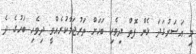
މި އަސަރުގަދަ ޅެން ފޮތް ދިވެހި ބަހަށް ތަރުޖަމާކުރެއްވީ ދިވެހި ބަހުގެ ދެ